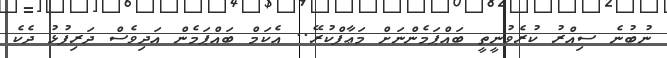
ނުބުނެ ސިއްރު ކުރެވުނީތީ ބައްޕަމެންނަށް މަޢާފްކުރޭ.. އެކަމް ބައްޕަމެން އަދިވެސް ދަރިފުޅު ދެކެ